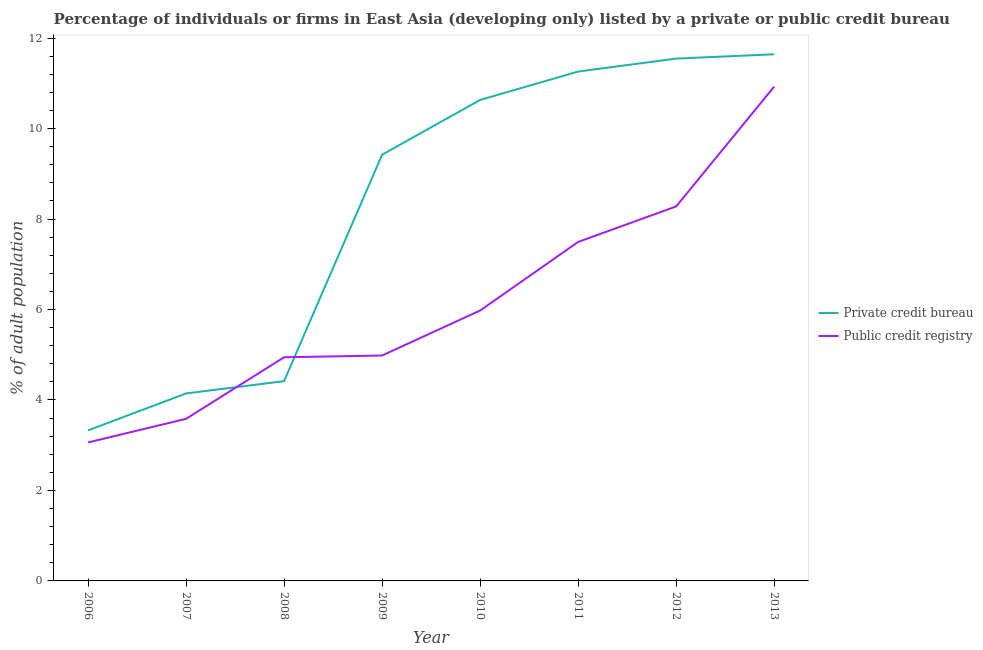
| Year | Private credit bureau | Public credit registry |
 | --- | --- | --- |
 | 2006 | 3.33 | 3.06 |
 | 2007 | 4.14 | 3.58 |
 | 2008 | 4.42 | 4.94 |
 | 2009 | 9.42 | 4.98 |
 | 2010 | 10.6 | 5.98 |
 | 2011 | 11.3 | 7.49 |
 | 2012 | 11.5 | 8.28 |
 | 2013 | 11.6 | 10.9 |